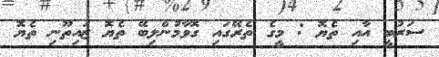
ސަރުބީ އާއި ތެޔޮ : މީގެ ތެރޭގައި ގޮވާމުންލިބޭ ތެޔޮ ޒައިތޫނި ތެޔޮ